Annual report on the Civil Veterinary Department, Burma (including the Insein Veterinary School) - 1923-1931
Year: 1923
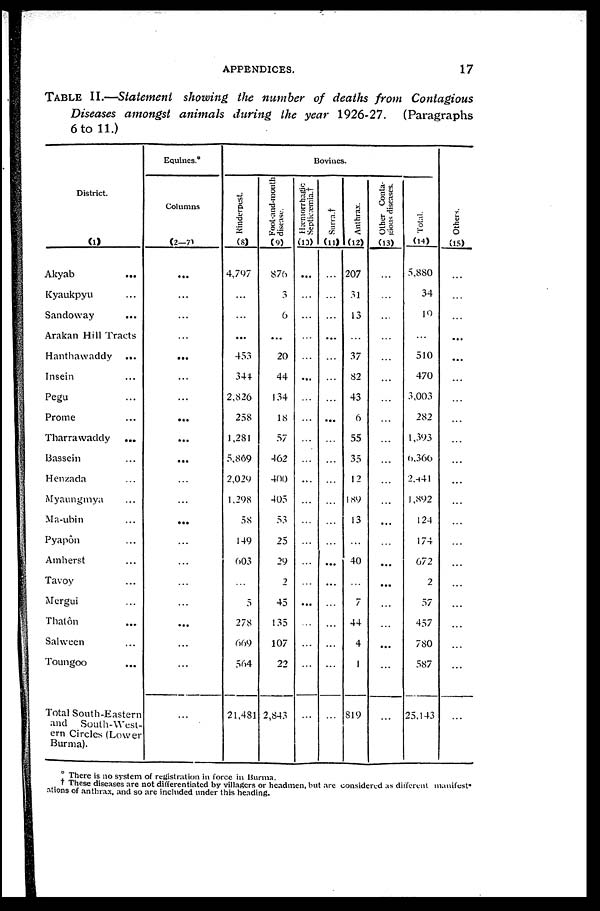
APPENDICES.
17
TABLE II.—Statement showing the number of deaths from Contagious
Diseases amongst animals during the year 1926-27. (Paragraphs
6 to 11.)
District.
(1)
Akyab
...
Kyaukpyu ...
Sandoway ...
Arakan Hill Tracts
Hanthawaddy ...
Insein ...
Pegu ...
Prome ...
Tharrawaddy
...
Bassein ...
Henzada ...
Myaungmya ...
Ma-ubin ...
Pyapôn ...
Amherst ...
Tavoy ...
Mergui ...
Thatôn ...
Salween ...
Toungoo ...
Total South-Eastern
and South-West-
ern Circles (Lower
Burma).
Equines.*
Columns
(2—7)
...
...
...
...
...
...
...
...
...
...
...
...
...
...
...
...
...
...
...
...
...
Bovines.
Rinderpest
(8)
4,797
...
...
...
453
344
2,826
258
1,281
5,869
2,029
1,298
58
149
603
...
5
278
669
564
21,481
Foot-and-mouth
disease.
(9)
876
3
6
...
20
44
134
18
57
462
400
405
53
25
29
2
45
135
107
22
2,843
Hæmorrhagic
Septicæmia.†
(10)
...
...
...
...
...
...
...
...
...
...
...
...
...
...
...
...
...
...
...
...
...
Surra.†
(11)
...
...
...
...
...
...
...
...
...
...
...
...
...
...
...
...
...
...
...
...
...
Anthrax.
(12)
207
31
13
...
37
82
43
6
55
35
12
189
13
...
40
...
7
44
4
1
819
Other Conta-
gious diseases.
(13)
...
...
...
...
...
...
...
...
...
...
...
...
...
...
...
...
...
...
...
...
...
Total.
(14)
5,880
34
19
...
510
470
3,003
282
1,393
6,366
2,441
1,892
124
174
672
2
57
457
780
587
25,143
Ot her s .
(15)
...
...
...
...
...
...
...
...
...
...
...
...
...
...
...
...
...
...
...
...
...
* There is no system of registration in force in Burma.
† These diseases are not differentiated by villagers or headmen, but are considered as different manifest-
ations of anthrax, and so are included under this heading.